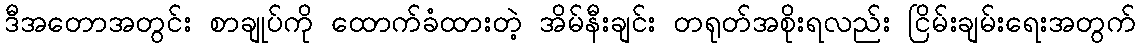
ဒီအတောအတွင်း စာချုပ်ကို ထောက်ခံထားတဲ့ အိမ်နီးချင်း တရုတ်အစိုးရလည်း ငြိမ်းချမ်းရေးအတွက်